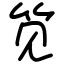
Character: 笕